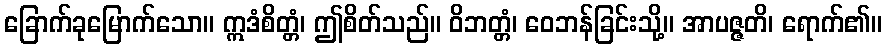
ခြောက်ခုမြောက်သော။ ဣဒံစိတ္တံ၊ ဤစိတ်သည်။ ဝိဘတ္တံ၊ ဝေဘန်ခြင်းသို့။ အာပဇ္ဇတိ၊ ရောက်၏။